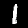
Digit: 1